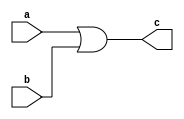
module or2_1bit(a,b,c);
input a;
input b;
output c;

assign c = a|b;
endmodule